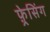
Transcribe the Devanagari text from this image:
फ़्रेसिंग